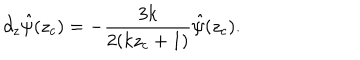
\partial _ { z } \hat { \psi } ( z _ { c } ) = - { \frac { 3 k } { 2 ( k z _ { c } + 1 ) } } \hat { \psi } ( z _ { c } ) .